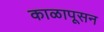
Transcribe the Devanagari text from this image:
काळापूसन